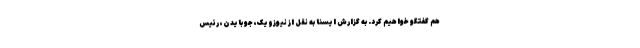
هم گفتگو خواهیم کرد. به گزارش ایسنا به نقل از نیوزویک، جو بایدن، رئیس